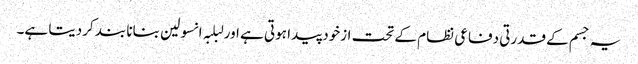
یہ جسم کے قدرتی دفاعی نظام کے تحت ازخود پیدا ہوتی ہے اور لبلبہ انسولین بنانا بند کردیتا ہے۔